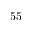
5 5